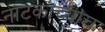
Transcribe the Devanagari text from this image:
नाटकांच्याच